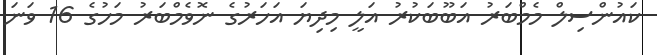
ކައުންސިލް މެމްބަރު އަބޫބަކުރު އަލީ މިދިޔަ އަހަރުގެ ނޮވެމްބަރު މަހުގެ 16 ވަނަ